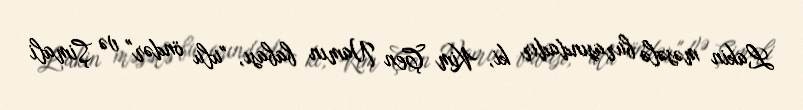
Lakin məsələ burasındadır ki, Kim Çen Namın babası, "ulu öndər" və Şimali